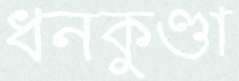
ধনকুণ্ডা